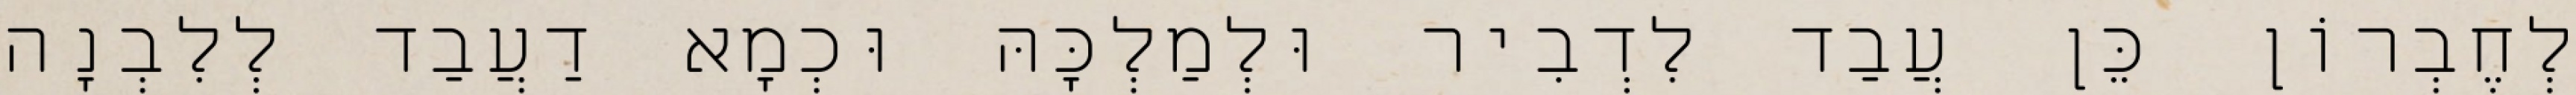
לְחֶבְרוֹן כֵּן עֲבַד לִדְבִיר וּלְמַלְכָּהּ וּכְמָא דַעֲבַד לְלִבְנָה